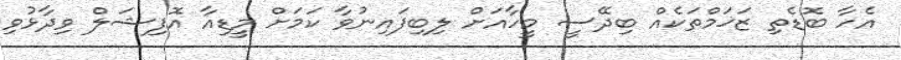
އެހާ ބޮޑެތި ޒަޚަމްތަކެއް ބިދޭސީ މީހާއަށް ލިބިފައިނުވާ ކަމަށް މީޑިއާ އޮފިޝަލް ވިދާޅުވި